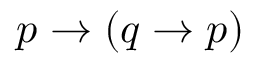
p \to ( q \to p )